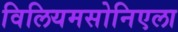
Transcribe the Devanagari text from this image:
विलियमसोनिएला